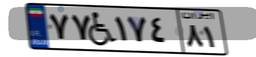
۷۷W۱۷۴۸۱